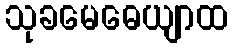
သုခမေဓေယျာထ